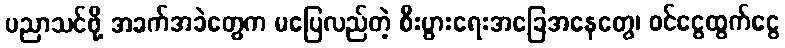
ပညာသင်ဖို့ အခက်အခဲတွေက မပြေလည်တဲ့ စီးပွားရေးအခြေအနေတွေ၊ ဝင်ငွေထွက်ငွေ